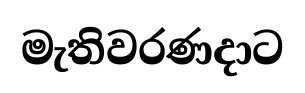
මැතිවරණදාට